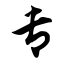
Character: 专